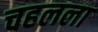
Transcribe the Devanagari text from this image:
चहलला